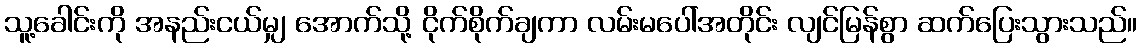
သူ့ခေါင်းကို အနည်းငယ်မျှ အောက်သို့ ငိုက်စိုက်ချကာ လမ်းမပေါ်အတိုင်း လျင်မြန်စွာ ဆက်ပြေးသွားသည်။